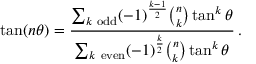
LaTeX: \tan ( n \theta ) = { \frac { \sum _ { k { \mathrm { ~ o d d } } } ( - 1 ) ^ { \frac { k - 1 } { 2 } } { \binom { n } { k } } \tan ^ { k } \theta } { \sum _ { k { \mathrm { ~ e v e n } } } ( - 1 ) ^ { \frac { k } { 2 } } { \binom { n } { k } } \tan ^ { k } \theta } } \, .